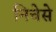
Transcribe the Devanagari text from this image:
निचेसे